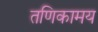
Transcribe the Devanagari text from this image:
तणिकामय